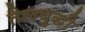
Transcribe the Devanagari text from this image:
तैलबुद्धी